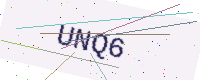
Text: UNQ6